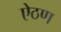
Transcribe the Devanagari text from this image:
ऐठण